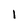
Character: 1